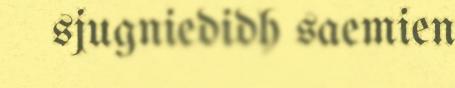
sjugniedidh saemien